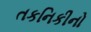
તકનિકીનો